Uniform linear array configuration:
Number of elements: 64
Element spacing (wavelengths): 0.25
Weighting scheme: hann
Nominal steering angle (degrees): -15
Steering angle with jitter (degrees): -14.437
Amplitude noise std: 0.05
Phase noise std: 0.05

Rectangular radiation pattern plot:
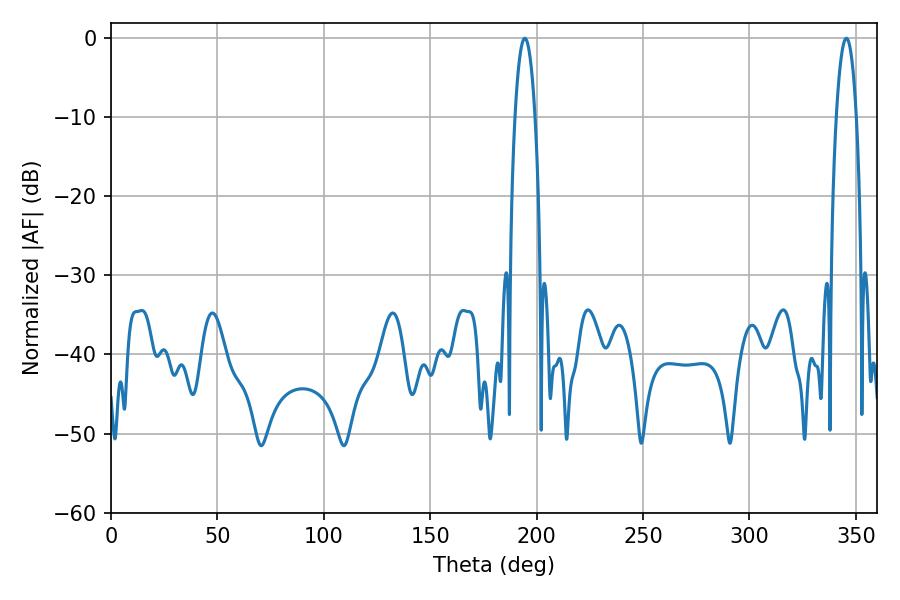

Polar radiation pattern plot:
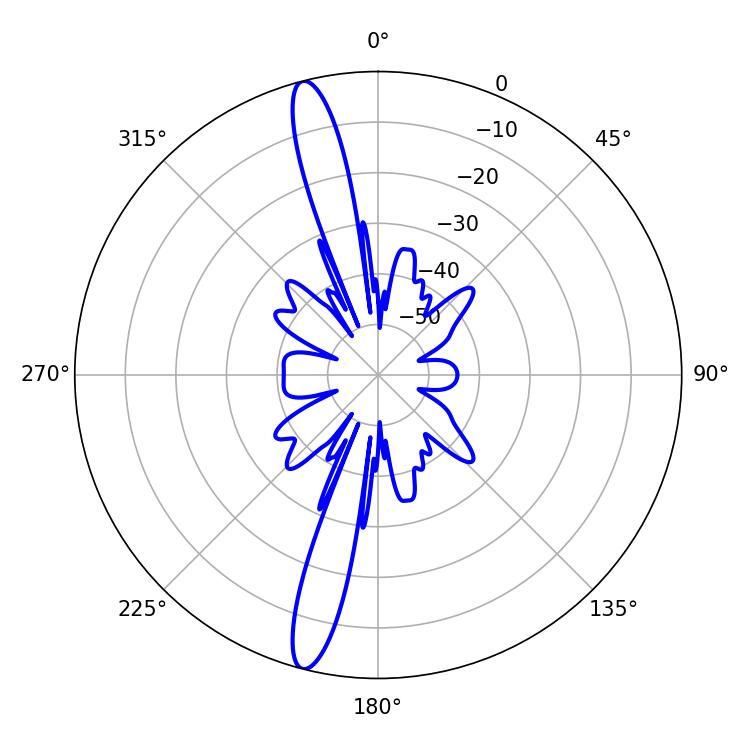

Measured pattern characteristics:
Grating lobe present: FALSE
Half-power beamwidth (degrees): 5.22
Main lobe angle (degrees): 194.4